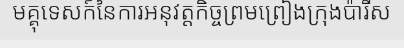
មគ្គុទេសក៍នៃការអនុវត្តកិច្ចព្រមព្រៀងក្រុងប៉ារីស